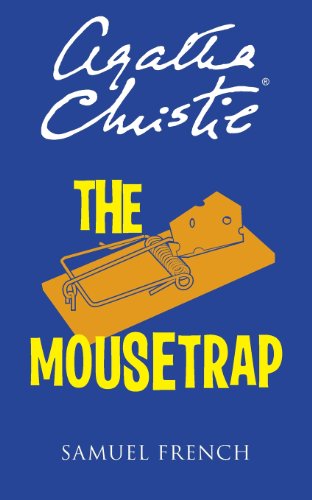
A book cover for The Mousetrap; Agatha Christie; Literature & Fiction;